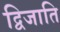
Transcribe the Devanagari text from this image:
द्विजाति